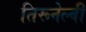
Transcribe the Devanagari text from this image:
तिरूनेल्वी